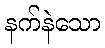
နက်နဲသော